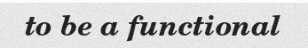
to be a functional